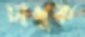
চাখুক